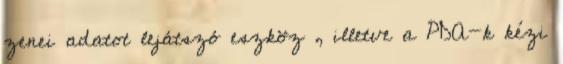
zenei adatot lejátszó eszköz , illetve a PDA-k kézi